Trukikaitis_Postimees, lk 75
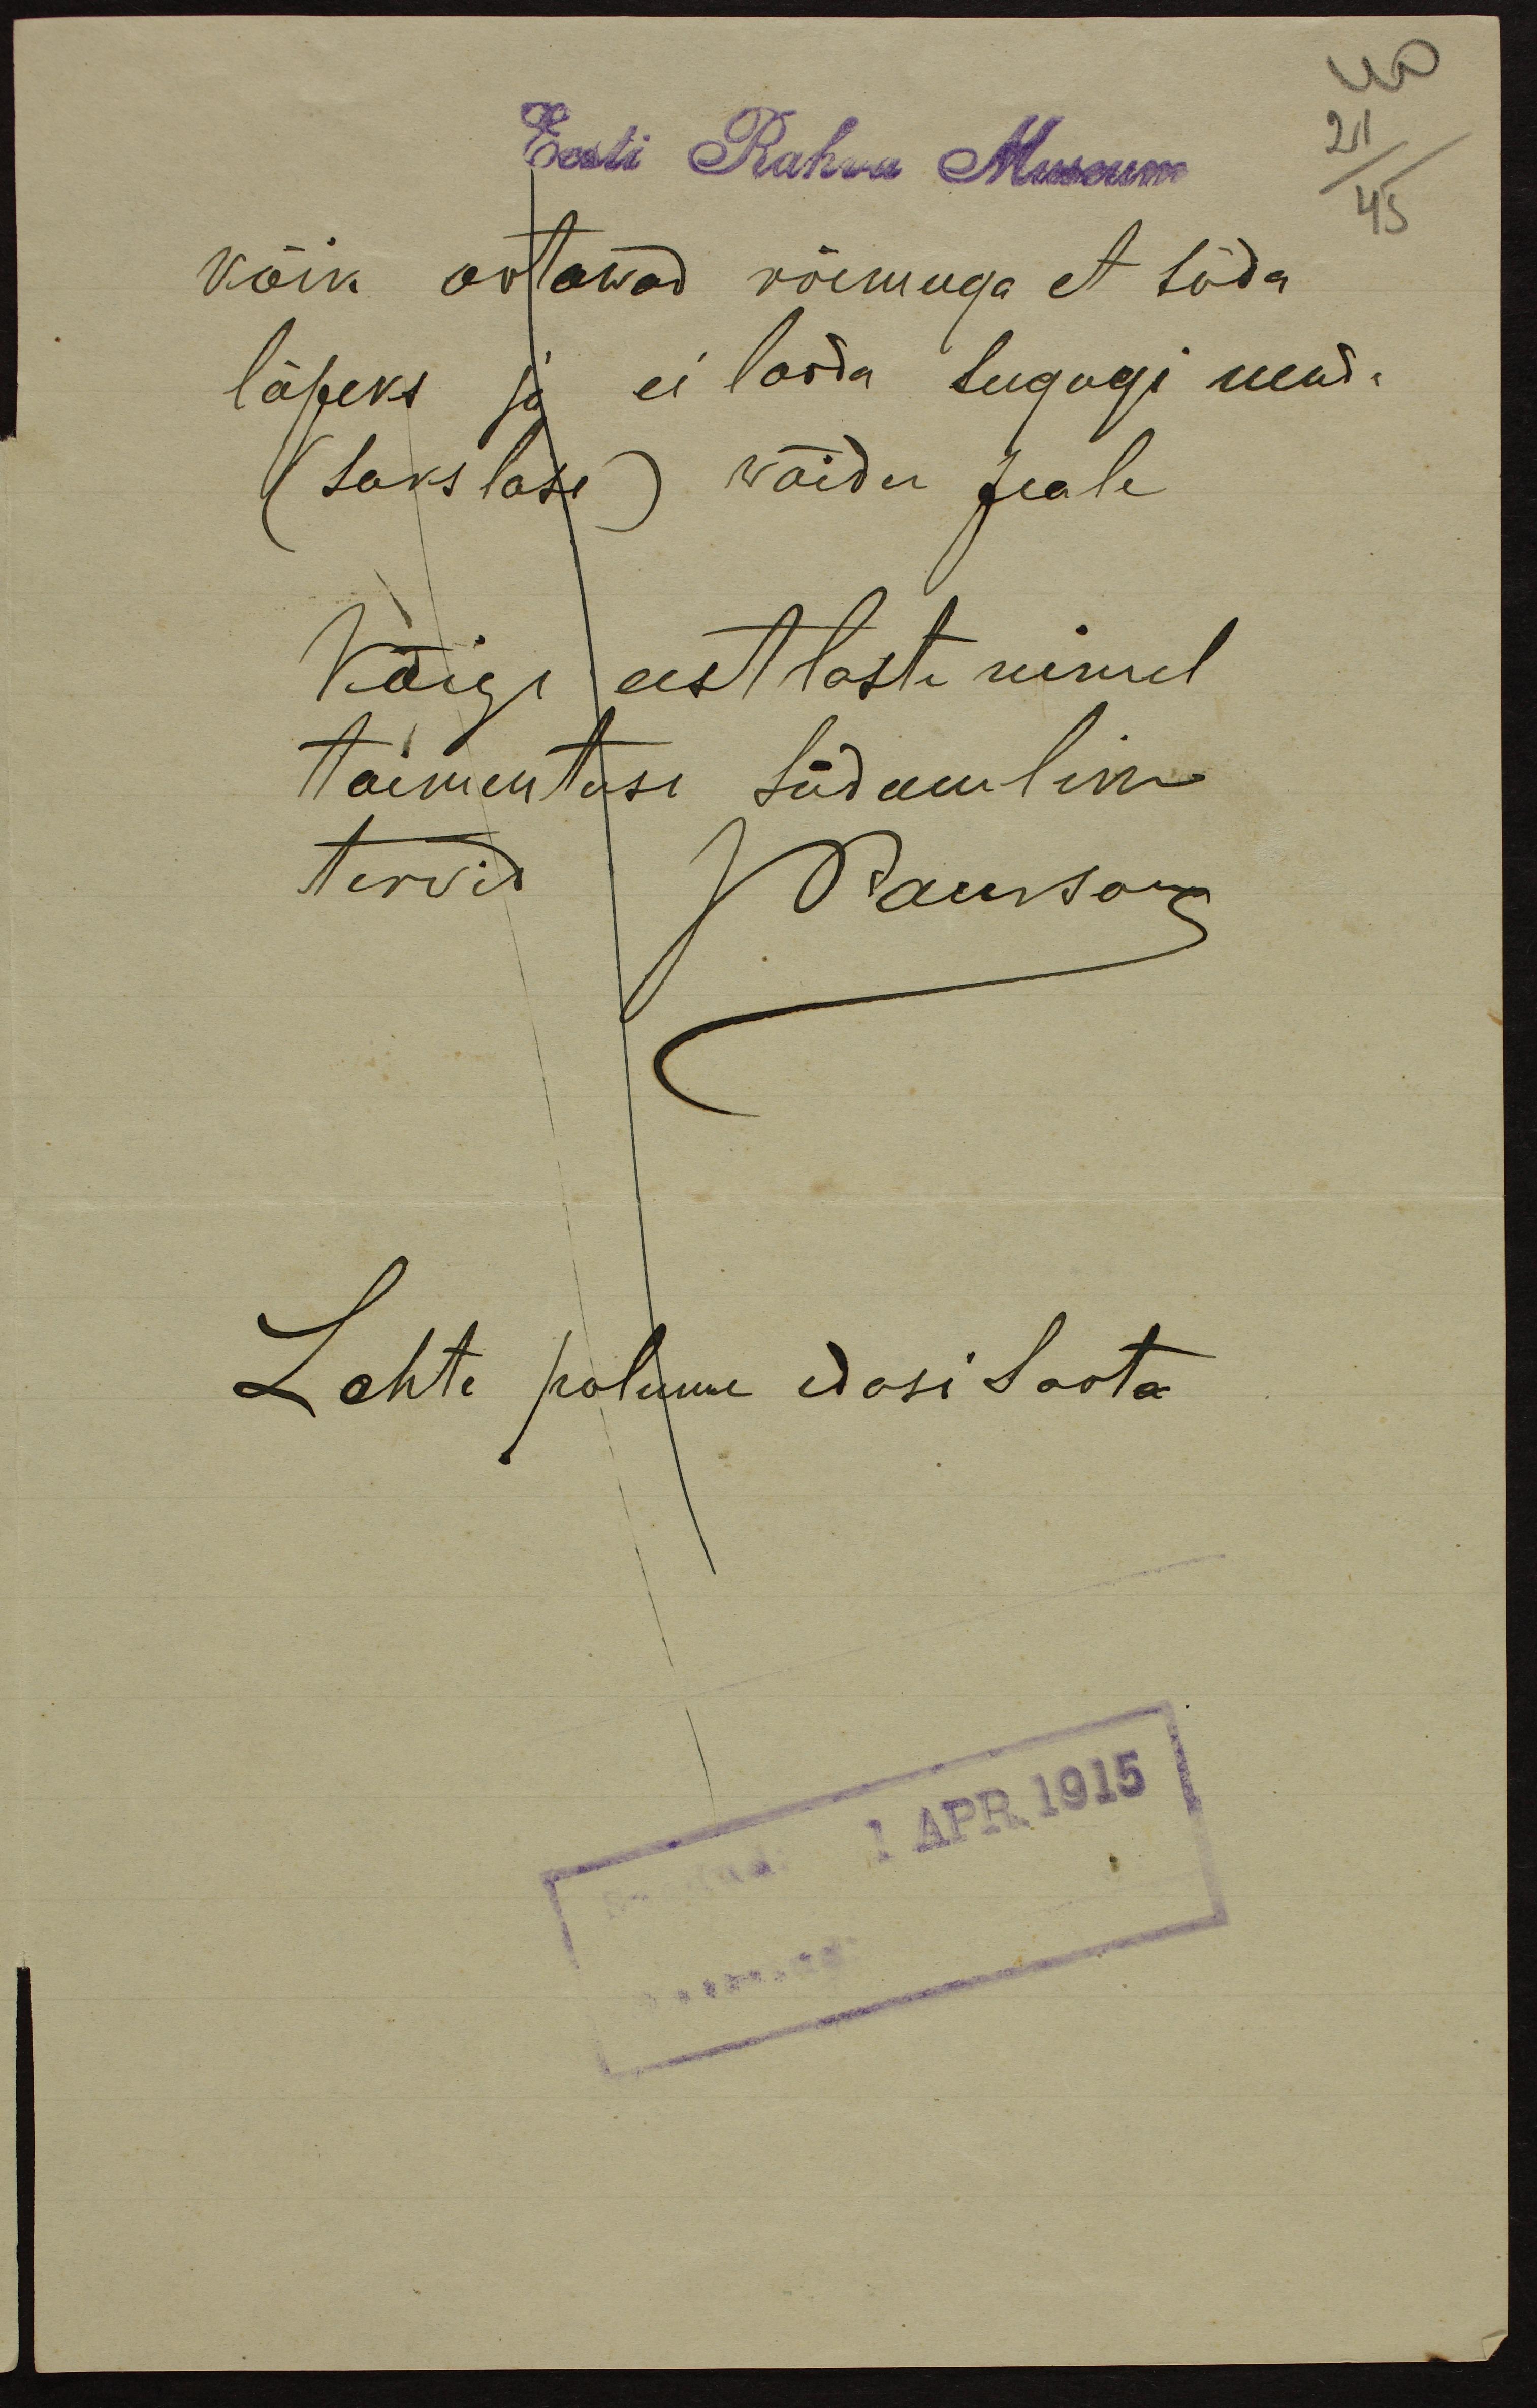
40
Eesti Rahva Museum
21
45
kõik ootawad rõemuga et sõda
lõpeks ja ei looda sugugi nende
(sakslase) wõidu peale
Kõigi eestlaste nimel
toimentuse südamlikke
tervist
JPaurson
Lehte palume edasi saata

Saadud 1 APR. 1915